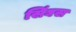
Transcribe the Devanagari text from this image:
सिंघस